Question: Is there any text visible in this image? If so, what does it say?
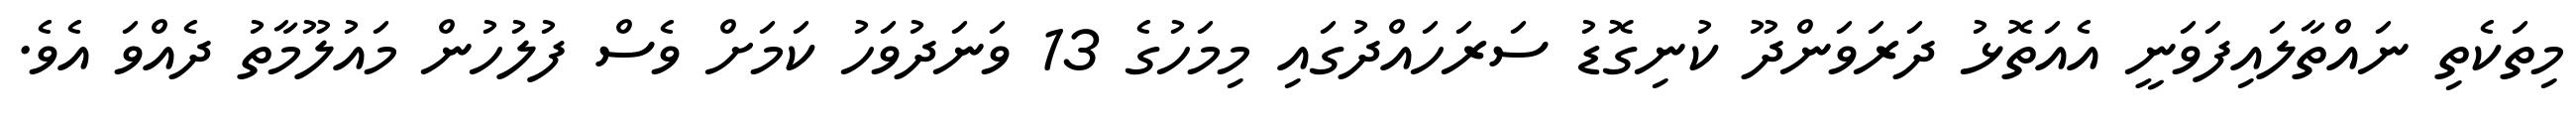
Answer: މިތަކެތި ނައްތާލައިފަވަނީ އެއަތޮޅު ދަރަވަންދޫ ކުނިގޮޑު ސަރަހައްދުގައި މިމަހުގެ 13 ވަނަދުވަހު ކަމަށް ވެސް ފުލުހުން މައުލޫމާތު ދެއްވަ އެވެ.